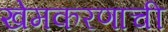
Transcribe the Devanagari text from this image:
खेमकरणाची